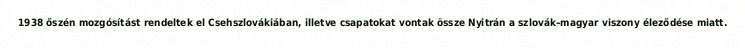
1938 őszén mozgósítást rendeltek el Csehszlovákiában, illetve csapatokat vontak össze Nyitrán a szlovák–magyar viszony éleződése miatt.